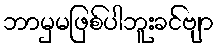
ဘာမှမဖြစ်ပါဘူးခင်ဗျာ